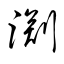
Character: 渕